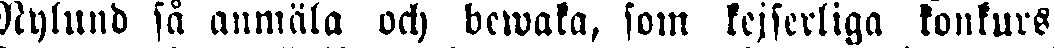
Nylund så anmäla och bewaka, som kejserliga konkurs